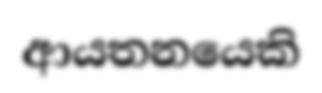
ආයතනයෙකි